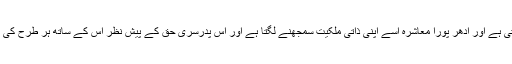
اُدھر لڑکی ماں کی کوکھ میں ہی ہوتی ہے اور اِدھر پورا معاشرہ اسے اپنی ذاتی ملکیت سمجھنے لگتا ہے اور اس پدرسری حق کے پیش نظر اس کے ساتھ ہر طرح کی بدذاتی دکھانے کی کوشش کرتا ہے۔